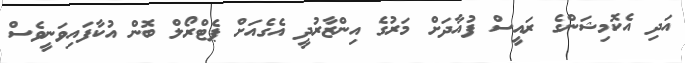
އަދި އެކޮމިޝަންގެ ރައީސް ފުއާދަށް މަރުގެ އިންޒާރުދީ އެގެއަށް ޕެޓްރޯލް ބޮން އުކާފައިވަނީވެސް